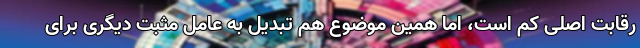
رقابت اصلی کم است، اما همین موضوع هم تبدیل به عامل مثبت دیگری برای